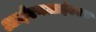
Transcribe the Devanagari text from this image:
आईएनआईएएच